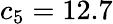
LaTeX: c_{5}=12.7